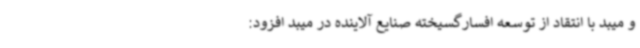
و میبد با انتقاد از توسعه افسارگسیخته صنایع آلاینده در میبد افزود: